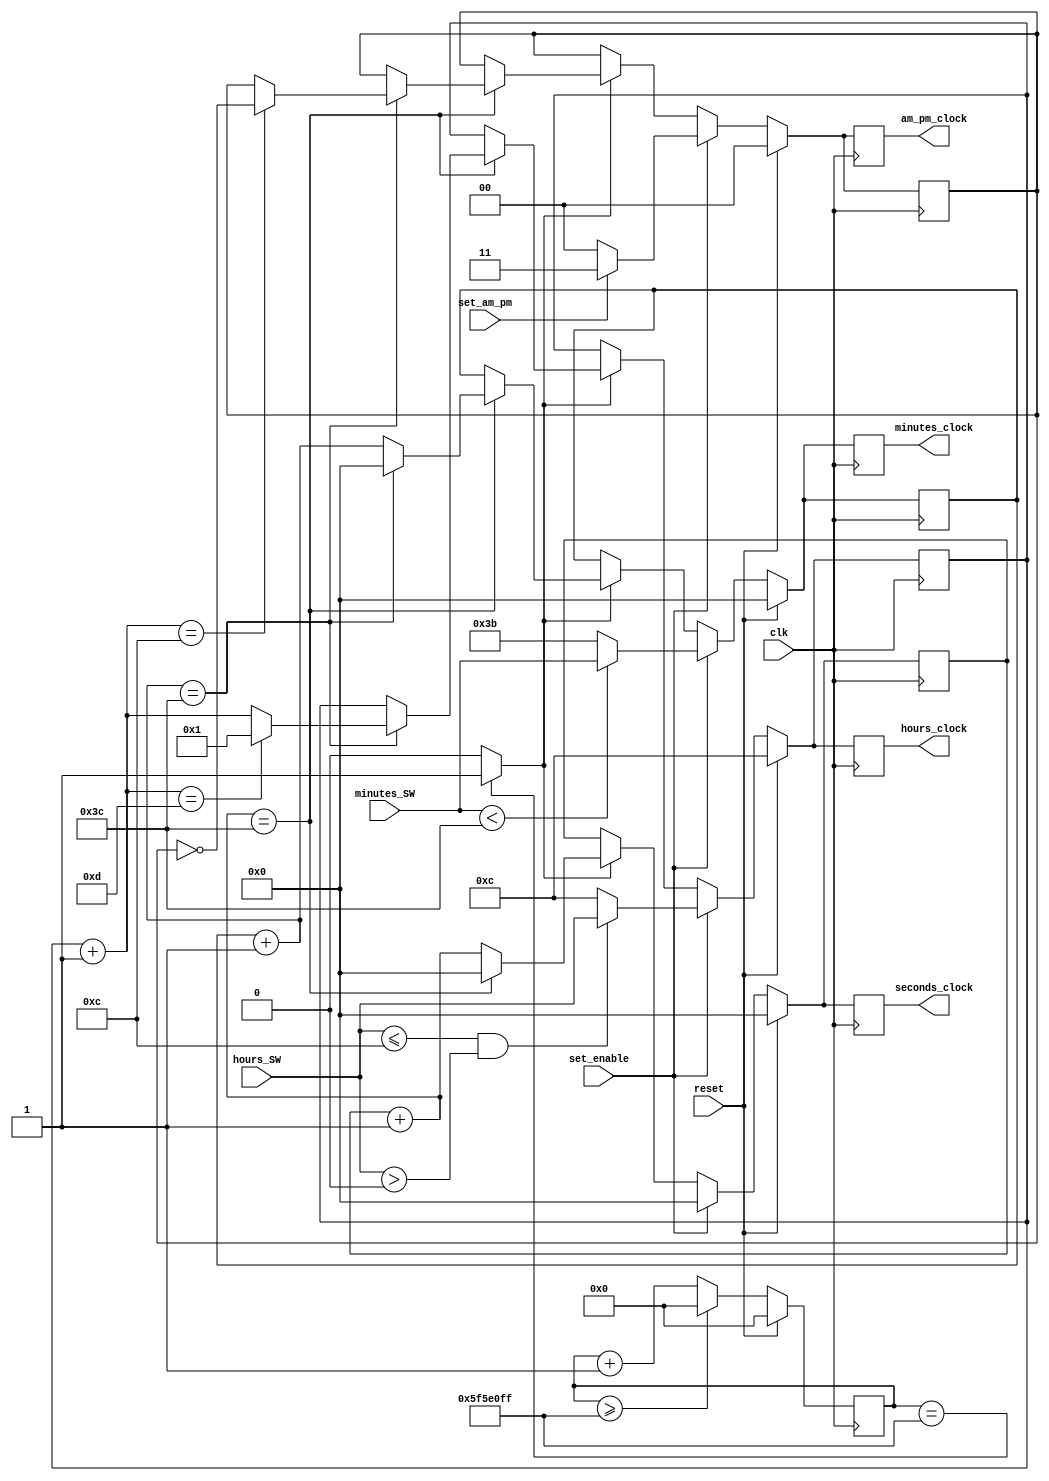
`timescale 1ns / 1ps
//////////////////////////////////////////////////////////////////////////////////
// Company: California State University Long Beach
// 
// Design Name: 
// Module Name: digital_clock
// Project Name: Multifunctional Digital Clock
// Target Devices: Nexys A7 100T FPGA board
// Tool Versions: Vivado 2016.2
// Description: 12 hour clock keeps accurate track of real time through different outpus for hours, minutes, and seconds
// 
// Dependencies: 
// 
// Revision:
// Revision 0.01 - File Created
// Additional Comments:
// 
//////////////////////////////////////////////////////////////////////////////////


module digital_clock(
    input clk,  //Clock
    input reset,
    input set_am_pm,
    input set_enable,
    input [5:0] minutes_SW,
    input [4:0] hours_SW,
    output reg [5:0] seconds_clock,
    output reg [5:0] minutes_clock,
    output reg [4:0] hours_clock,
    output reg [1:0] am_pm_clock

    );
    reg [26:0] counter;
    wire enable; //enables the clock to increment
    
    reg [5:0]seconds;
    reg [5:0]minutes;
    reg [4:0]hours;
    reg [1:0] am_pm;
    always @(posedge clk)   begin   //increments clock based of 1Mhz clock
                if(reset==1)
                    counter <= 0;
                else begin
                    if(counter>=99999999) 
                        counter <= 0;
                    else
                        counter <= counter + 1;
                    end
                end      
    assign clk_enable = (counter==99999999)?1:0;
    
    always @(posedge clk) begin
                if(reset) begin  //if reset = 1 
                    seconds = 0;
                    minutes = 0;
                    hours = 12;  
                    am_pm = 2'b00;  //LED

                    end
                else if(set_enable) begin   //if time set is enabled
                    hours = 12;
                    seconds = 0;
                    minutes = 59;
                    if(set_am_pm==1)begin
                        am_pm = 2'b11;

                        end
                    else if(set_am_pm==0)begin
                        am_pm = 2'b00;

                        end
                    if(minutes_SW < 60)begin    //must be within limit
                        minutes = minutes_SW;
                        end
                    if((hours_SW<=12)&&(hours_SW>0))begin       //must be within limit
                        hours = hours_SW;
                        end
                    end
                else if(clk_enable) begin        
                    seconds = seconds + 1;      //increment seconds
                    if(seconds == 60) begin           //check if seconds = 60
                        seconds <= 0;                 //reset seconds
                        minutes = minutes + 1;  //increment minutes
                        if(minutes == 60) begin       //check if minutes = 60
                            minutes <= 0;             //reset minutes
                            hours = hours + 1;  //increment hours
                           if(hours == 12) begin      //when hits 12 change am/pm                                
                                am_pm = ~am_pm; // RGB=RED

                                end
                           if(hours == 13) begin      //check if hours = 13
                                hours <= 1 ;          //reset hours
                           end 
                        end
                    end     
                end
                hours_clock <= hours;
                minutes_clock <= minutes;
                seconds_clock <= seconds;
                am_pm_clock <= am_pm;
    end                                       
        
        
endmodule